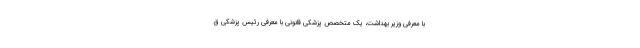
با معرفی وزیر بهداشت، یک متخصص پزشکی قانونی با معرفی رئیس پزشکی ق